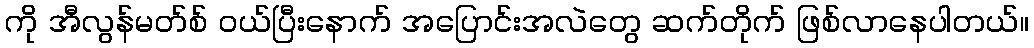
ကို အီလွန်မတ်စ် ဝယ်ပြီးနောက် အပြောင်းအလဲတွေ ဆက်တိုက် ဖြစ်လာနေပါတယ်။